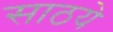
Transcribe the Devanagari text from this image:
साठये